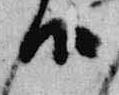
候